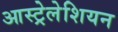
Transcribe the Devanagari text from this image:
आस्ट्रेलेशियन